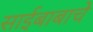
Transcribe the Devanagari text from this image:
साईबाबाचे